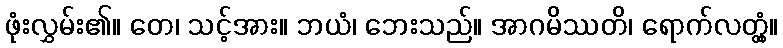
ဖုံးလွှမ်း၏။ တေ၊ သင့်အား။ ဘယံ၊ ဘေးသည်။ အာဂမိဿတိ၊ ရောက်လတ္တံ့။